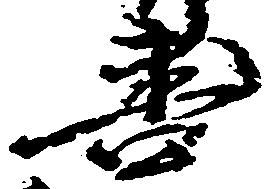
善